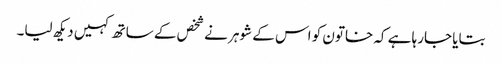
بتایا جارہا ہے کہ خاتون کو اس کے شوہر نے شخص کے ساتھ کہیں دیکھ لیا۔